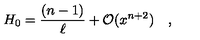
H _ { 0 } = \frac { ( n - 1 ) } { \ell } + { \cal O } ( x ^ { n + 2 } ) \quad ,